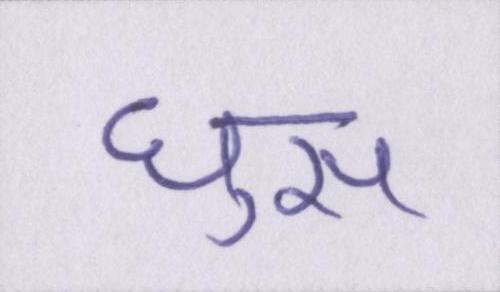
घुस